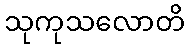
သုကုသလောတိ